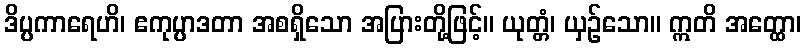
ဒိပ္ပကာရေဟိ၊ ဧကုပ္ပာဒတာ အစရှိသော အပြားတို့ဖြင့်။ ယုတ္တံ၊ ယှဉ်သော။ ဣတိ အတ္ထော၊